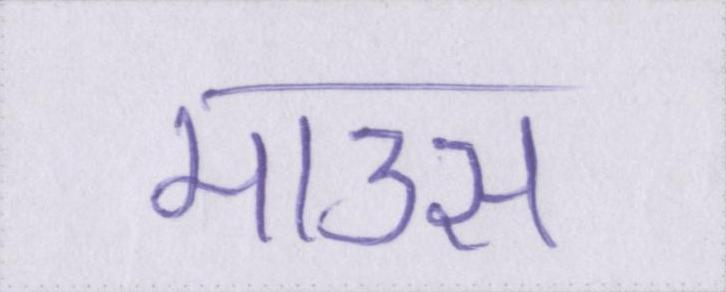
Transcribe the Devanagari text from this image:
माउस